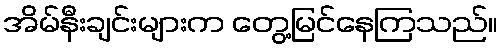
အိမ်နီးချင်းများက တွေ့မြင်နေကြသည်။